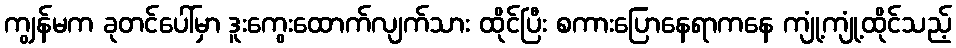
ကျွန်မက ခုတင်ပေါ်မှာ ဒူးကွေးထောက်လျက်သား ထိုင်ပြီး စကားပြောနေရာကနေ ကျုံ့ကျုံ့ထိုင်သည့်